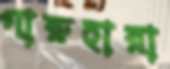
গারুহারা